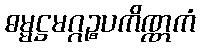
ဓမ္မဋ္ဌမဂ္ဂဉ္စပကိဏ္ဏကံ